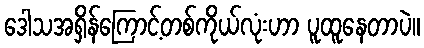
ဒေါသအရှိန်ကြောင့်တစ်ကိုယ်လုံးဟာ ပူထူနေတာပဲ။